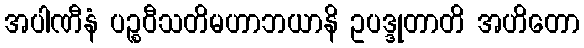
အပါဏီနံ ပဉ္စဝီသတိမဟာဘယာနိ ဥပဒ္ဒုတာတိ အဟိတော